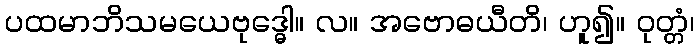
ပထမာဘိသမယေဗုဒ္ဓေါ။ လ။ အဗောဓယီတိ၊ ဟူ၍။ ဝုတ္တံ၊